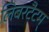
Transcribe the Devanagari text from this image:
लिबरटैटम्